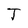
Character: T